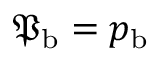
{ \mathfrak { P } } _ { \mathrm { b } } = { p } _ { \mathrm { b } }